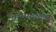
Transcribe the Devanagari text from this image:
कामस्वातंत्र्य